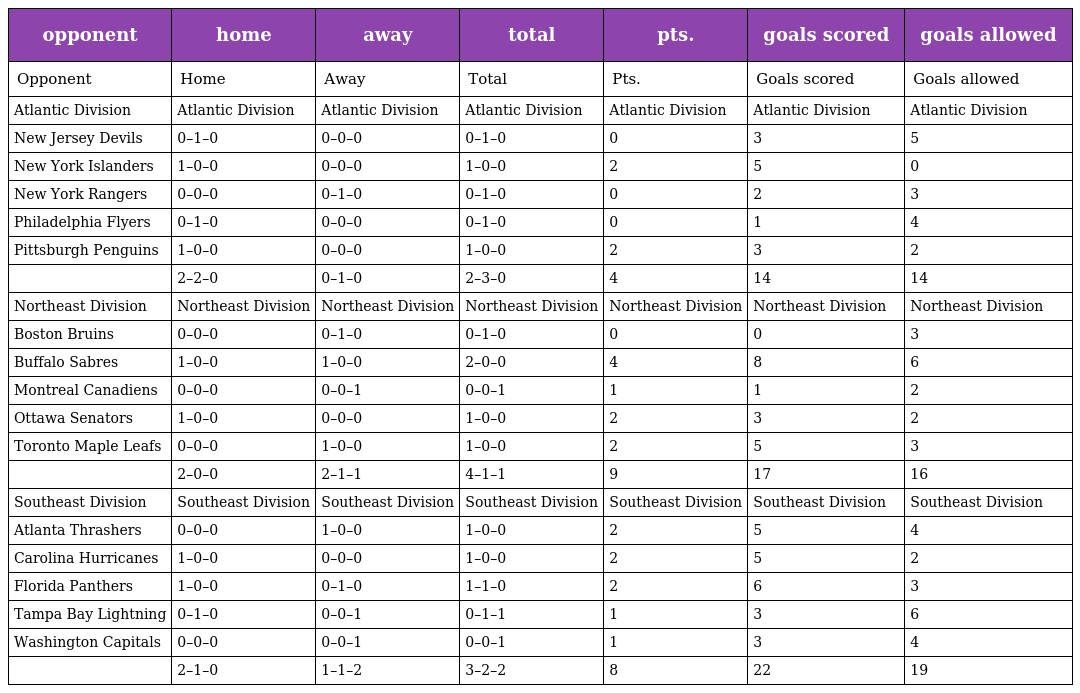
| opponent | home | away | total | pts. | goals scored | goals allowed |
 | --- | --- | --- | --- | --- | --- | --- |
 | Opponent | Home | Away | Total | Pts. | Goals scored | Goals allowed |
 | Atlantic Division | Atlantic Division | Atlantic Division | Atlantic Division | Atlantic Division | Atlantic Division | Atlantic Division |
 | New Jersey Devils | 0–1–0 | 0–0–0 | 0–1–0 | 0 | 3 | 5 |
 | New York Islanders | 1–0–0 | 0–0–0 | 1–0–0 | 2 | 5 | 0 |
 | New York Rangers | 0–0–0 | 0–1–0 | 0–1–0 | 0 | 2 | 3 |
 | Philadelphia Flyers | 0–1–0 | 0–0–0 | 0–1–0 | 0 | 1 | 4 |
 | Pittsburgh Penguins | 1–0–0 | 0–0–0 | 1–0–0 | 2 | 3 | 2 |
 |  | 2–2–0 | 0–1–0 | 2–3–0 | 4 | 14 | 14 |
 | Northeast Division | Northeast Division | Northeast Division | Northeast Division | Northeast Division | Northeast Division | Northeast Division |
 | Boston Bruins | 0–0–0 | 0–1–0 | 0–1–0 | 0 | 0 | 3 |
 | Buffalo Sabres | 1–0–0 | 1–0–0 | 2–0–0 | 4 | 8 | 6 |
 | Montreal Canadiens | 0–0–0 | 0–0–1 | 0–0–1 | 1 | 1 | 2 |
 | Ottawa Senators | 1–0–0 | 0–0–0 | 1–0–0 | 2 | 3 | 2 |
 | Toronto Maple Leafs | 0–0–0 | 1–0–0 | 1–0–0 | 2 | 5 | 3 |
 |  | 2–0–0 | 2–1–1 | 4–1–1 | 9 | 17 | 16 |
 | Southeast Division | Southeast Division | Southeast Division | Southeast Division | Southeast Division | Southeast Division | Southeast Division |
 | Atlanta Thrashers | 0–0–0 | 1–0–0 | 1–0–0 | 2 | 5 | 4 |
 | Carolina Hurricanes | 1–0–0 | 0–0–0 | 1–0–0 | 2 | 5 | 2 |
 | Florida Panthers | 1–0–0 | 0–1–0 | 1–1–0 | 2 | 6 | 3 |
 | Tampa Bay Lightning | 0–1–0 | 0–0–1 | 0–1–1 | 1 | 3 | 6 |
 | Washington Capitals | 0–0–0 | 0–0–1 | 0–0–1 | 1 | 3 | 4 |
 |  | 2–1–0 | 1–1–2 | 3–2–2 | 8 | 22 | 19 |